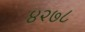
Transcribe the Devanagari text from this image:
४२७८